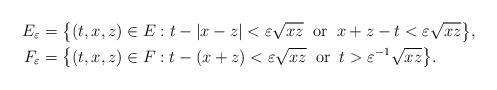
LaTeX: \begin{align*}E_{\varepsilon} & = \big\{ (t,x,z) \in E : t - |x-z| < \varepsilon \sqrt{xz}\;\;\textrm{or} \;\; x+z -t < \varepsilon \sqrt{xz} \big\}, \\F_{\varepsilon} & = \big\{ (t,x,z) \in F : t - (x+z) < \varepsilon \sqrt{xz}\;\;\textrm{or} \;\; t > \varepsilon^{-1} \sqrt{xz} \big\}.\end{align*}